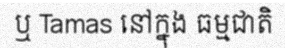
ឬ Tamas នៅក្នុង ធម្មជាតិ